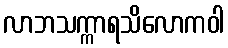
လာဘသက္ကာရသိလောကဝါ